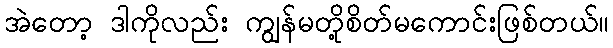
အဲတော့ ဒါကိုလည်း ကျွန်မတို့စိတ်မကောင်းဖြစ်တယ်။